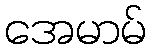
အေမာမ်